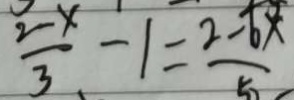
\frac { 2 - x } { 3 } - 1 = \frac { 2 - 6 x } { 5 }